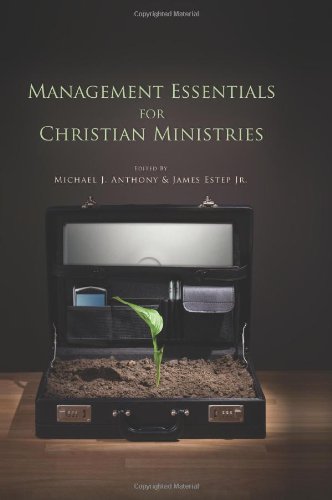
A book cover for Management Essentials for Christian Ministries; Christian Books & Bibles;